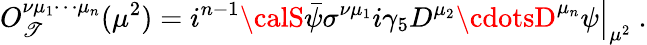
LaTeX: O_{\mathscr{T}}^{\nu\mu_{1}\cdots\mu_{n}}(\mu^{2})=\left.i^{n-1}{\calS}\bar{{\psi}}\sigma^{\nu\mu_{1}}i\gamma_{5}D^{\mu_{2}}\cdotsD^{\mu_{n}}\psi\right|_{\mu^{2}}\ .